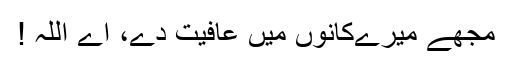
مجھے میرےکانوں میں عافیت دے، اے اللہ !